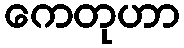
ကေတုဟာ